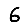
Digit: 6